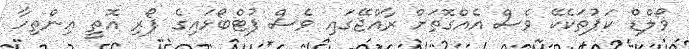
ވޯލްޑް ކަޕުތަކެކޭ ވެސް އެއްގޮތަށް ރާއްޖޭގައި ވެސް ފުޓްބޯޅައިގެ ފޯރި އޮތީ އިންތިހާ